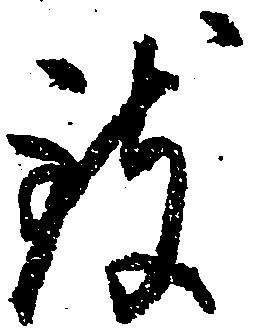
致